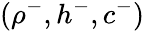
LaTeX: (\rho^{-},h^{-},c^{-})